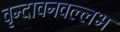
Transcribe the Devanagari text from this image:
वृन्दावनवल्लभ